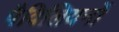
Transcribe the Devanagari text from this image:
पैविलियनों